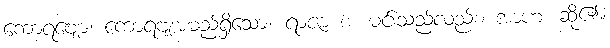
ကောရဗျော၊ ကောရဗျအမည်ရှိသော။ ရာဇာ စ၊ မင်းသည်လည်း။ အာဟ၊ ဆို၏။